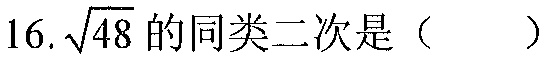
16.\(\sqrt{48}\)的同类二次是（  ）